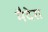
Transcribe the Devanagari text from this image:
मैदेरा